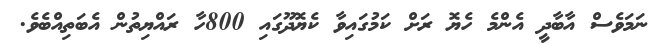
ނަމަވެސް އާބާދީ އެންމެ ހެޔޮ ރަށް ކަމުގައިވާ ކެޔޮދޫގައި 800ހާ ރައްޔިތުން އެބަތިއްބެވެ.